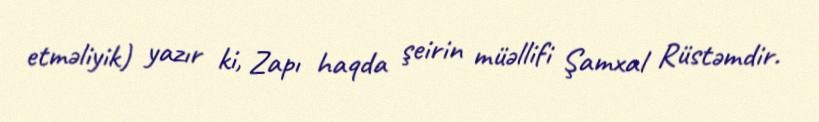
etməliyik) yazır ki, Zapı haqda şeirin müəllifi Şamxal Rüstəmdir.